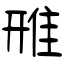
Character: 雃